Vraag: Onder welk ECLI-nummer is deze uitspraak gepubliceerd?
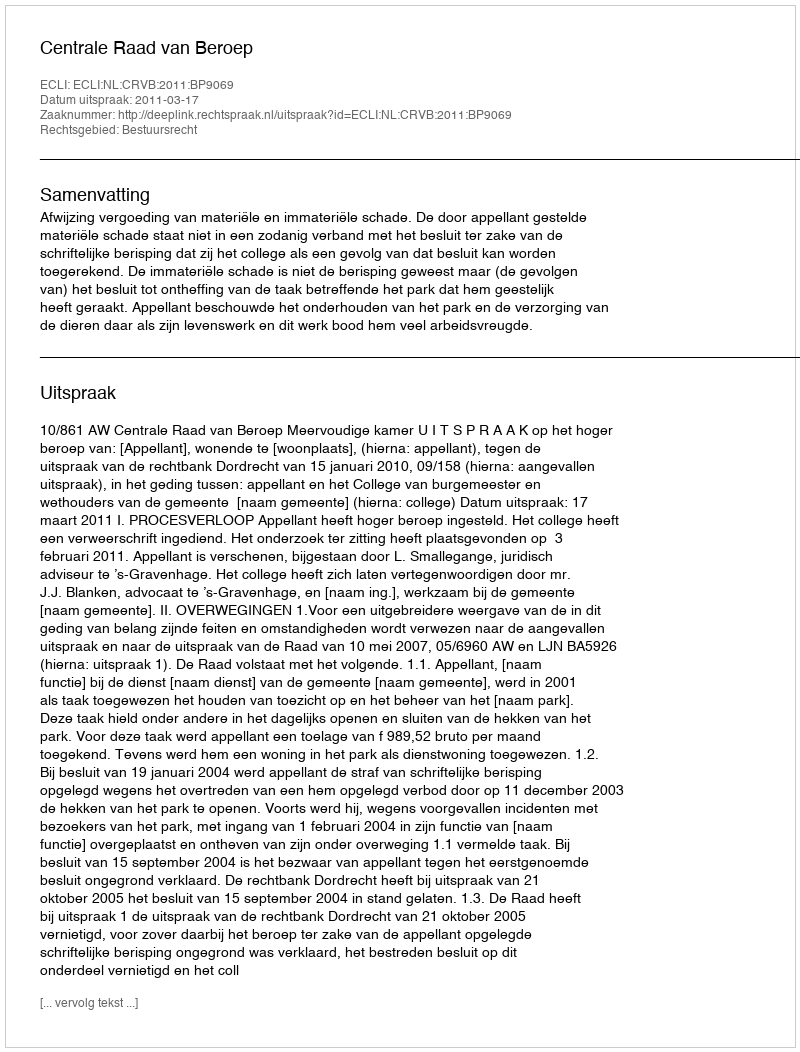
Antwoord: ECLI:NL:CRVB:2011:BP9069